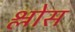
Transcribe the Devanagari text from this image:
श्लोस